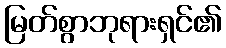
မြတ်စွာဘုရားရှင်၏